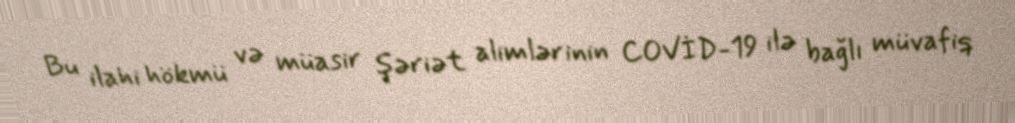
Bu ilahi hökmü və müasir şəriət alimlərinin COVİD-19 ilə bağlı müvafiq